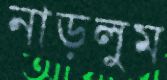
নাড়লুম